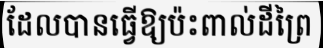
ដែលបានធ្វើឱ្យប៉ះពាល់ដីព្រៃ